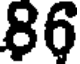
86